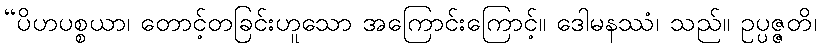
“ပိဟပစ္စယာ၊ တောင့်တခြင်းဟူသော အကြောင်းကြောင့်။ ဒေါမနဿံ၊ သည်။ ဥပ္ပဇ္ဇတိ၊